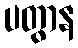
ပတွာန